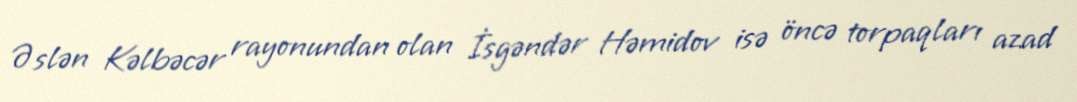
Əslən Kəlbəcər rayonundan olan İsgəndər Həmidov isə öncə torpaqları azad